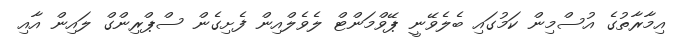
އިމާރާތުގެ އުސްމިން ކަމުގައި ބެލެވޭނީ ޕޭވްމަންޓް ލެވެލްއިން ފެށިގެން ސްޕްރިންގް ލައިން އާއި